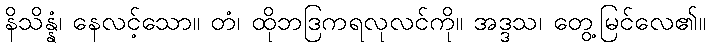
နိသိန္နံ၊ နေလင့်သော။ တံ၊ ထိုဘဒြကရလုလင်ကို။ အဒ္ဒသ၊ တွေ့မြင်လေ၏။